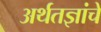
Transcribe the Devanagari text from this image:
अर्थतज्ञांचे